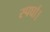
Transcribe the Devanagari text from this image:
स्पर्घा।